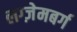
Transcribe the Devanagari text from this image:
लग्ज़ेमबर्ग